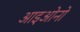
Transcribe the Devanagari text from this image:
आइओनो